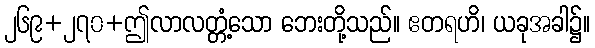
၂၆၉+၂၇၀+ဤလာလတ္တံ့သော ဘေးတို့သည်။ ဧတရဟိ၊ ယခုအခါ၌။